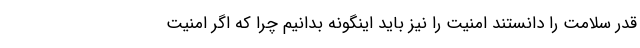
قدر سلامت را دانستند امنیت را نیز باید اینگونه بدانیم چرا که اگر امنیت